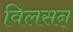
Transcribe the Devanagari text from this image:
विलसन्